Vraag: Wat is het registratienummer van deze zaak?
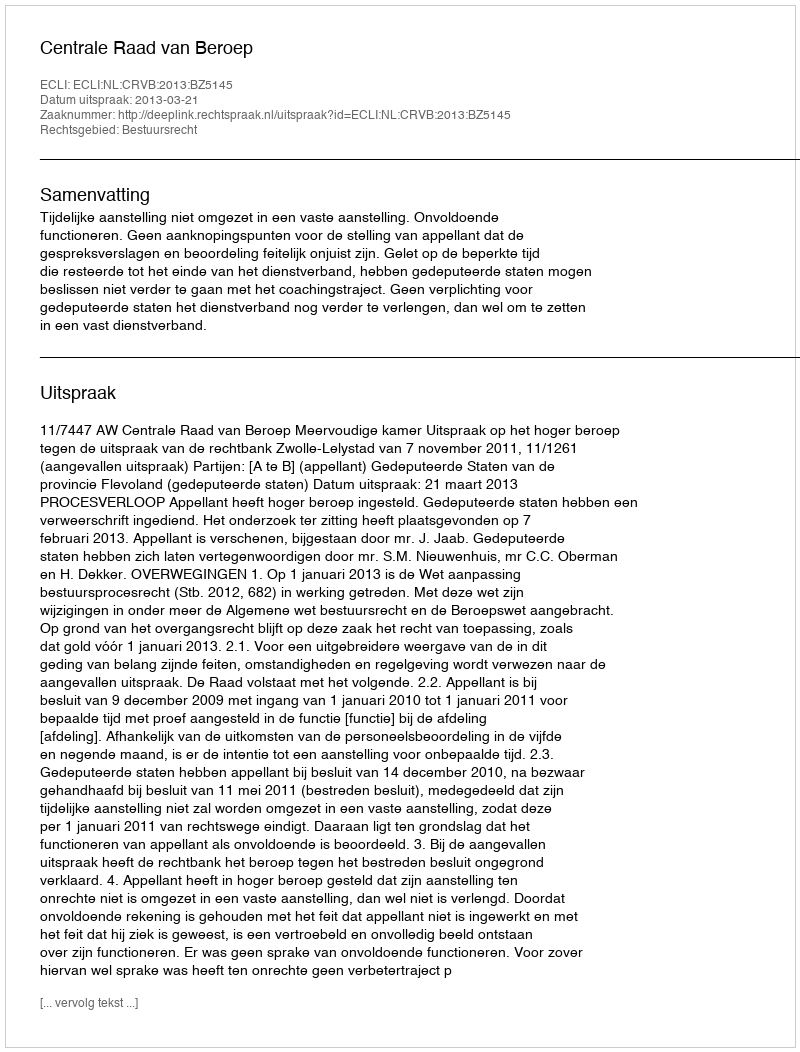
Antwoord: http://deeplink.rechtspraak.nl/uitspraak?id=ECLI:NL:CRVB:2013:BZ5145